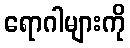
ရောဂါများကို